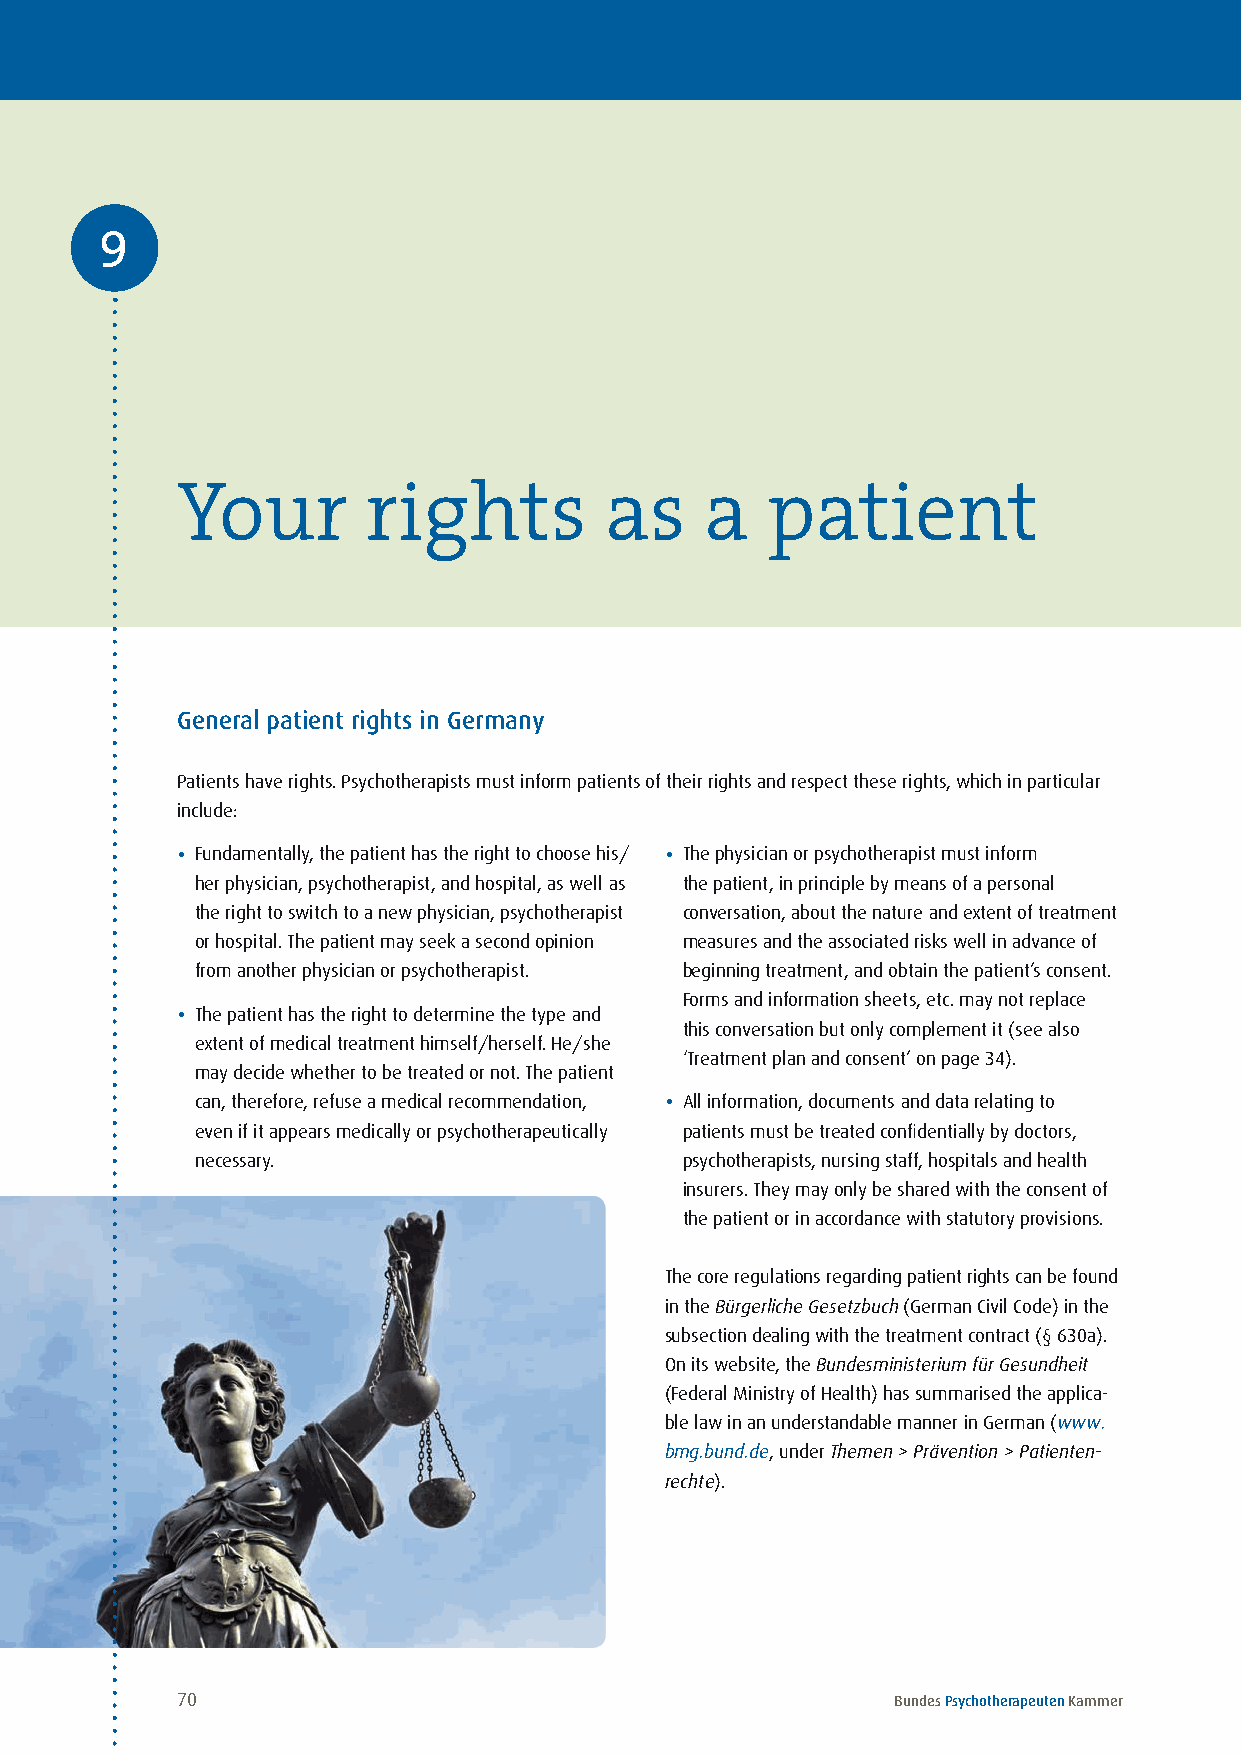
9
 Your        rights          as     a   patient
 General patient rights in Germany
 Patients have rights . Psychotherapists must inform patients of their rights and respect these rights, which in particular
 include:
 • Fundamentally, the patient has the right to choose his/ • The physician or psychotherapist must inform
 her physician, psychotherapist, and hospital, as well as the patient, in principle by means of a personal
 the right to switch to a new physician, psychotherapist conversation, about the nature and extent of treatment
 or hospital . The patient may seek a second opinion measures and the associated risks well in advance of
 from another physician or psychotherapist . beginning treatment, and obtain the patient’s consent .
 Forms and information sheets, etc . may not replace
 • The patient has the right to determine the type and
 this conversation but only complement it (see also
 extent of medical treatment himself/herself . He/she
 ‘Treatment plan and consent’ on page 34) .
 may decide whether to be treated or not . The patient
 can, therefore, refuse a medical recommendation, • All information, documents and data relating to
 even if it appears medically or psychotherapeutically patients must be treated confidentially by doctors,
 necessary .                     psychotherapists, nursing staff, hospitals and health
 insurers . They may only be shared with the consent of
 the patient or in accordance with statutory provisions .
 The core regulations regarding patient rights can be found
 in the Bürgerliche Gesetzbuch (German Civil Code) in the
 subsection dealing with the treatment contract (§ 630a) .
 On its website, the Bundesministerium für Gesundheit
 (Federal Ministry of Health) has summarised the applica-
 ble law in an understandable manner in German (www.
 bmg.bund.de, under Themen > Prävention > Patienten-
 rechte) .
 70                                             Bundes Psychotherapeuten Kammer